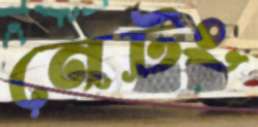
নেটং